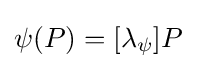
\psi (P)=[\lambda _{\psi }]P